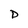
Character: D